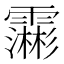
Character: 𮦺